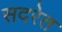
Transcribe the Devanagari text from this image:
सदरेत